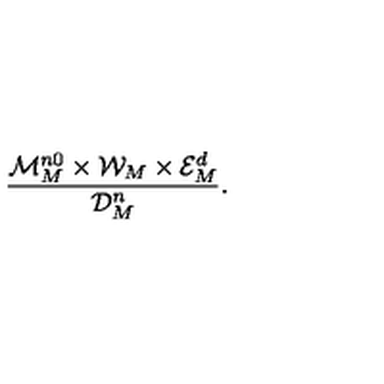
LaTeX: \frac { { \cal M } _ { M } ^ { n 0 } \times { \cal W } _ { M } \times { \cal E } _ { M } ^ { d } } { { \cal D } _ { M } ^ { n } } .